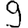
Digit: 9